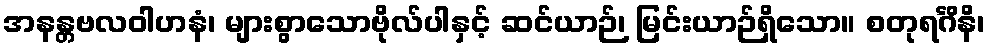
အနန္တဗလဝါဟနံ၊ များစွာသောဗိုလ်ပါနှင့် ဆင်ယာဉ်၊ မြင်းယာဉ်ရှိသော။ စတုရင်္ဂိနိ၊